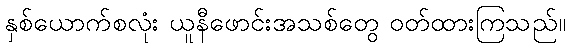
နှစ်ယောက်စလုံး ယူနီဖောင်းအသစ်တွေ ဝတ်ထားကြသည်။